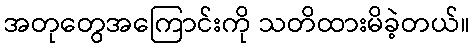
အတုတွေအကြောင်းကို သတိထားမိခဲ့တယ်။